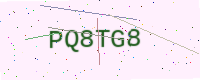
Text: PQ8TG8